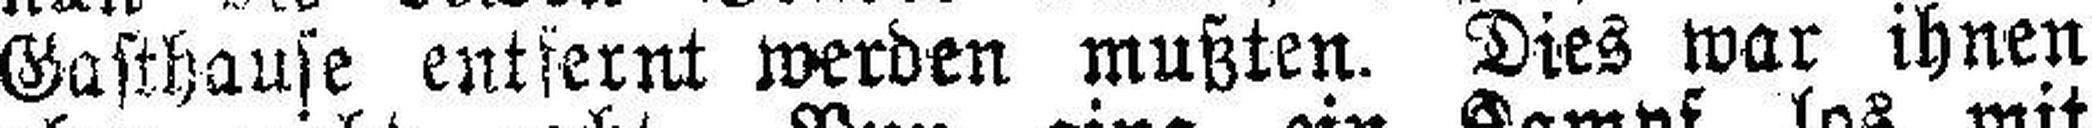
Gasthause entfernt werden mußten. Dies war ihnen